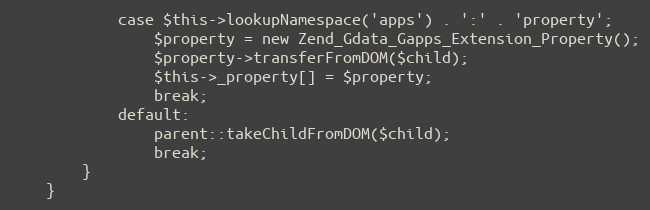
Language: PHP
            case $this->lookupNamespace('apps') . ':' . 'property';
                $property = new Zend_Gdata_Gapps_Extension_Property();
                $property->transferFromDOM($child);
                $this->_property[] = $property;
                break;
            default:
                parent::takeChildFromDOM($child);
                break;
        }
    }